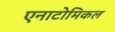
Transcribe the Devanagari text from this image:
एनाटोमिकल